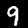
Label: 9